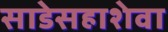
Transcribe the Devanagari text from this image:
साडेसहाशेवा